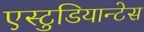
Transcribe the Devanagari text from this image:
एस्टुडियान्टेस